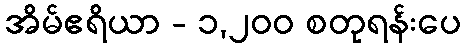
အိမ်ဧရိယာ - ၁,၂၀၀ စတုရန်းပေ